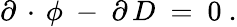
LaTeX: \partial\, \cdot\, \phi\ -\ \partial\, D\ =\ 0\ .